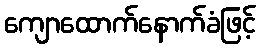
ကျောထောက်နောက်ခံဖြင့်